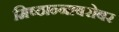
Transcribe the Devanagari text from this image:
मिष्ठान्नाबरोबर